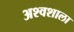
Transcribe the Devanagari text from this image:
अश्‍वशाला